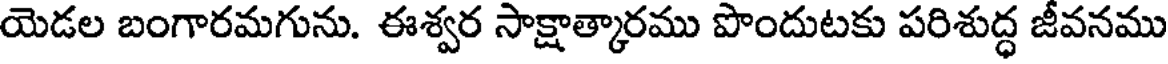
యెడల బంగారమగును. ఈశ్వర సాక్షాత్కారము పొందుటకు పరిశుద్ధ జీవనము